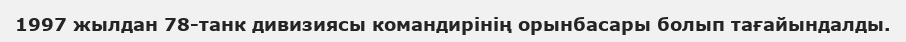
1997 жылдан 78-танк дивизиясы командирінің орынбасары болып тағайындалды.